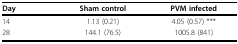
| Day | Sham control | PVM infected |
 | --- | --- | --- |
 | 14 | 1.13 (0.21) | 4.05 (0.57) *** |
 | 28 | 144.1 (76.5) | 1005.8 (841) |